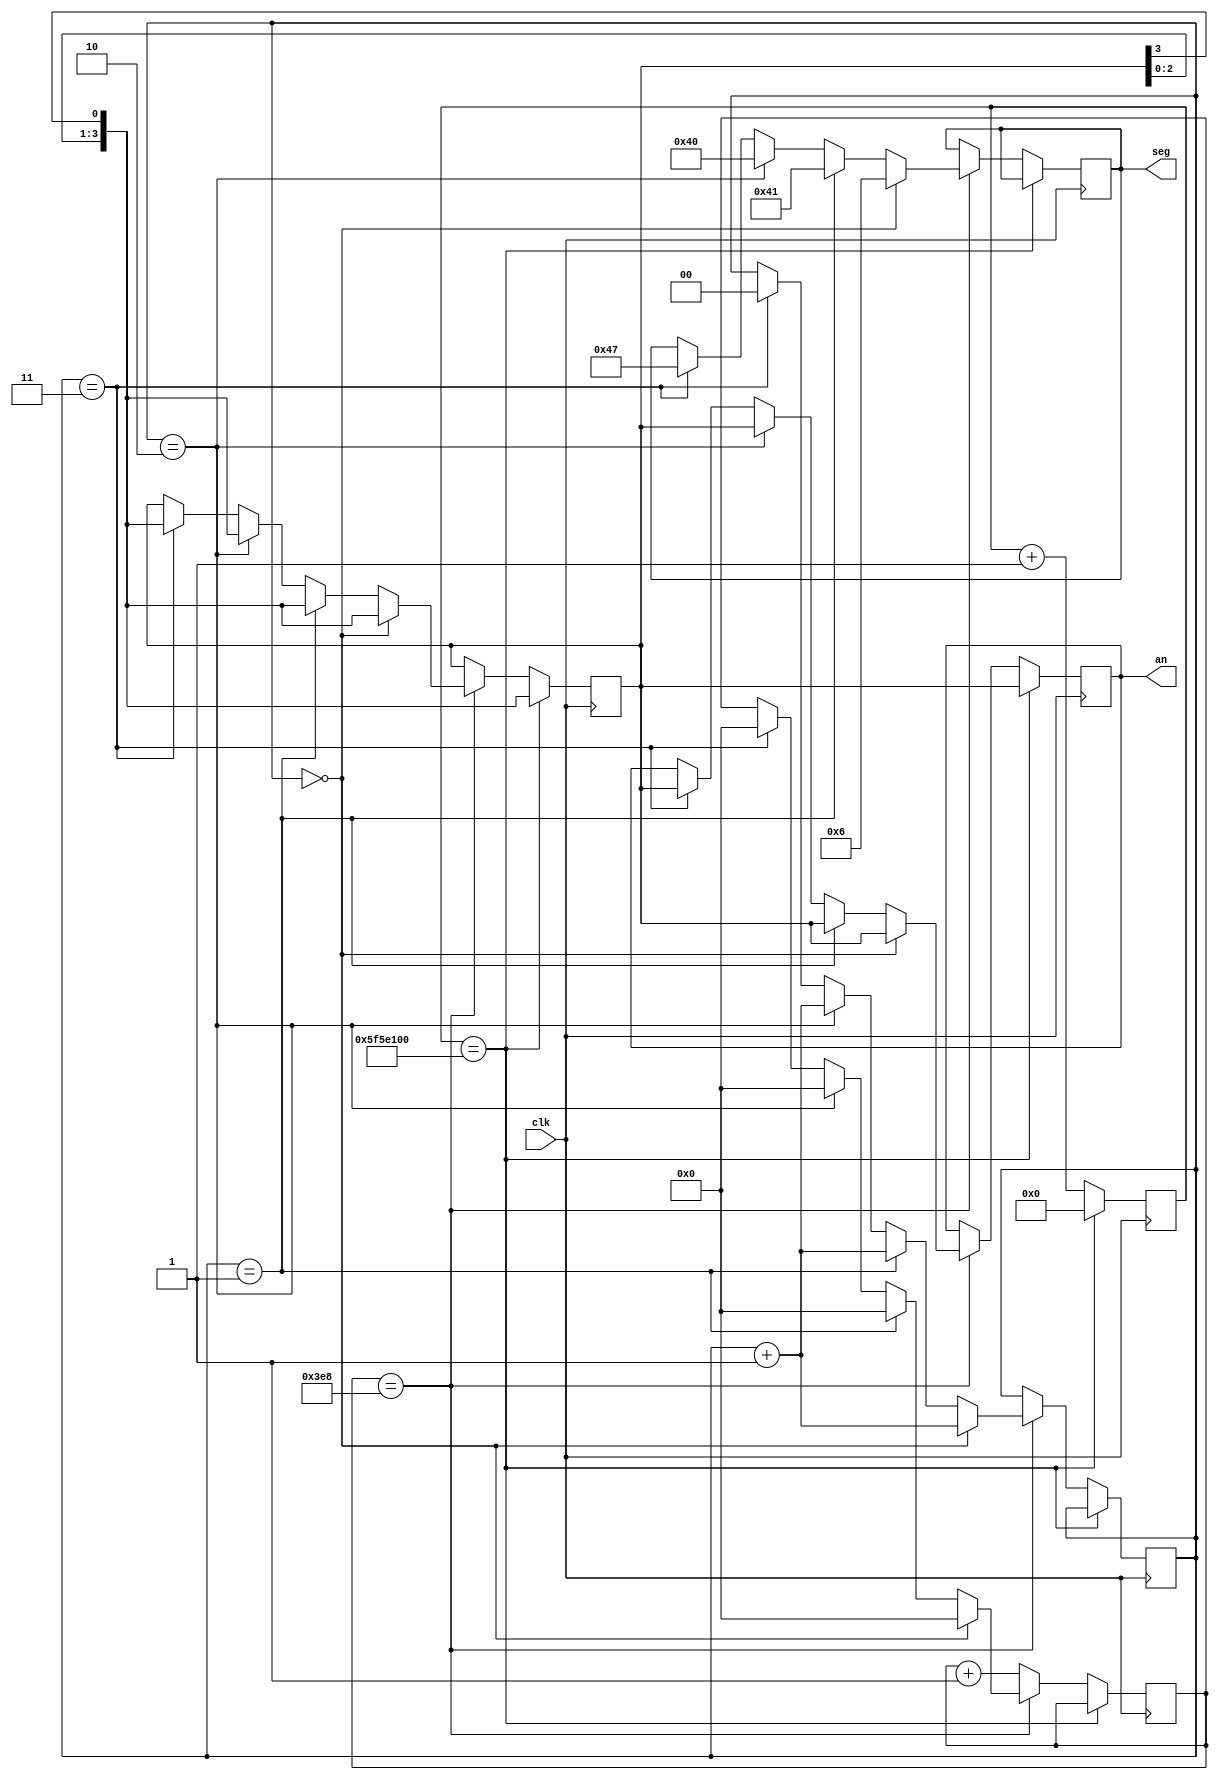
`timescale 1ns/1ps
module rolling_SSD (input clk, output reg [3:0] an, output reg [6:0] seg); 
	parameter cntmax=1000;
	parameter cntmax2=32'd100000000;
	reg [9:0] cnt;
	reg [3:0] ann=4'b1110;
	reg [1:0] state=0;
	reg [31:0] cnt2;

	always @ (posedge clk)
if (cnt2==cntmax2)
begin
	cnt2<=0;
	ann<={ann[2:0],ann[3]};
	an<=ann;
end
else
begin
	if (cnt==cntmax)
	begin
		if (state==0)
		begin
			cnt<=0;
			ann<={ann[2:0],ann[3]};
			an<=ann;
			seg<=7'b0000110;
			state<=state+1;
		end
	        else if (state==1)
		begin
			cnt<=0;
			ann<={ann[2:0],ann[3]};
			an<=ann;
			seg<=7'b1000001;
			state<=state+1;
		end
		else if(state==2)
		begin
			cnt<=0;
			ann<={ann[2:0],ann[3]};
			an<=ann;
			seg<=7'b1000000;
			state<=state+1;
		end
		else if (state==3)
		begin
			cnt<=0;
			ann<={ann[2:0],ann[3]};
			an<=ann;
			seg<=7'b1000111;
			state<=0;
		end
	end
	else cnt<=cnt+1;
	cnt2<=cnt2+1;
end
endmodule